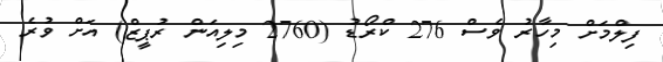
ފިލްމަށް މިހާރު ވެސް 276 ކްރޯޑު (2760 މިލިއަން ރުޕީޒް) އަށް ވުރެ